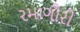
રમાગૌરી